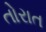
તોરાત